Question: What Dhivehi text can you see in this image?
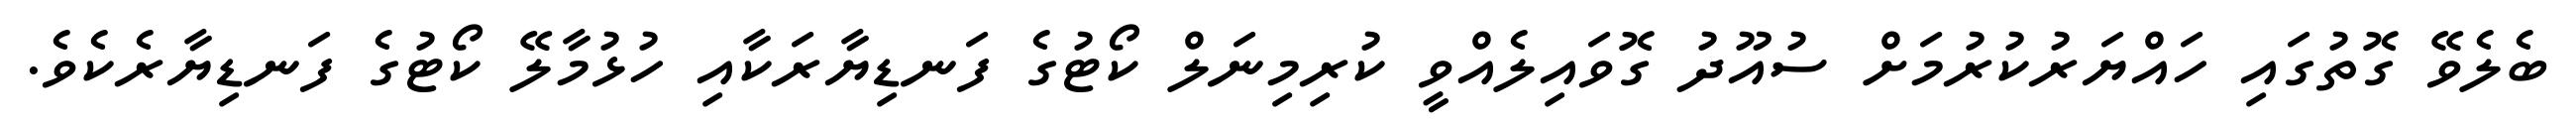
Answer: ބެލެވޭ ގޮތުގައި ހައްޔަރުކުރުމަށް ސުއޫދު ގޮވައިލެއްވީ ކުރިމިނަލް ކޯޓުގެ ފަނޑިޔާރަކާއި ހުޅުމާލޭ ކޯޓުގެ ފަނޑިޔާރެކެވެ.